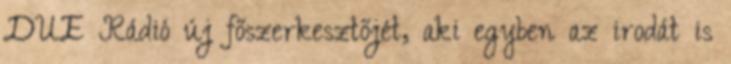
DUE Rádió új főszerkesztőjét, aki egyben az irodát is